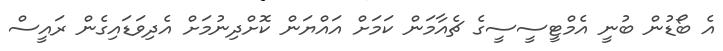
އެ ބޯޑުން ބުނީ އެމްޓީސީސީގެ ޗެއާމަން ކަމަށް އައްޔަން ކޮށްދިނުމަށް އެދިވަޑައިގެން ރައީސް